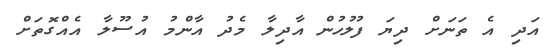
އަދި އެ ތަނަށް ދިޔަ ފުލުހުން އާދިލާ މެދު އާންމު އުސޫލާ އެއްގޮތަށް